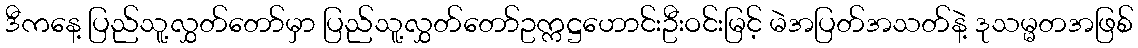
ဒီကနေ့ ပြည်သူ့လွှတ်တော်မှာ ပြည်သူ့လွှတ်တော်ဥက္ကဋ္ဌဟောင်းဦးဝင်းမြင့် မဲအပြတ်အသတ်နဲ့ ဒုသမ္မတအဖြစ်